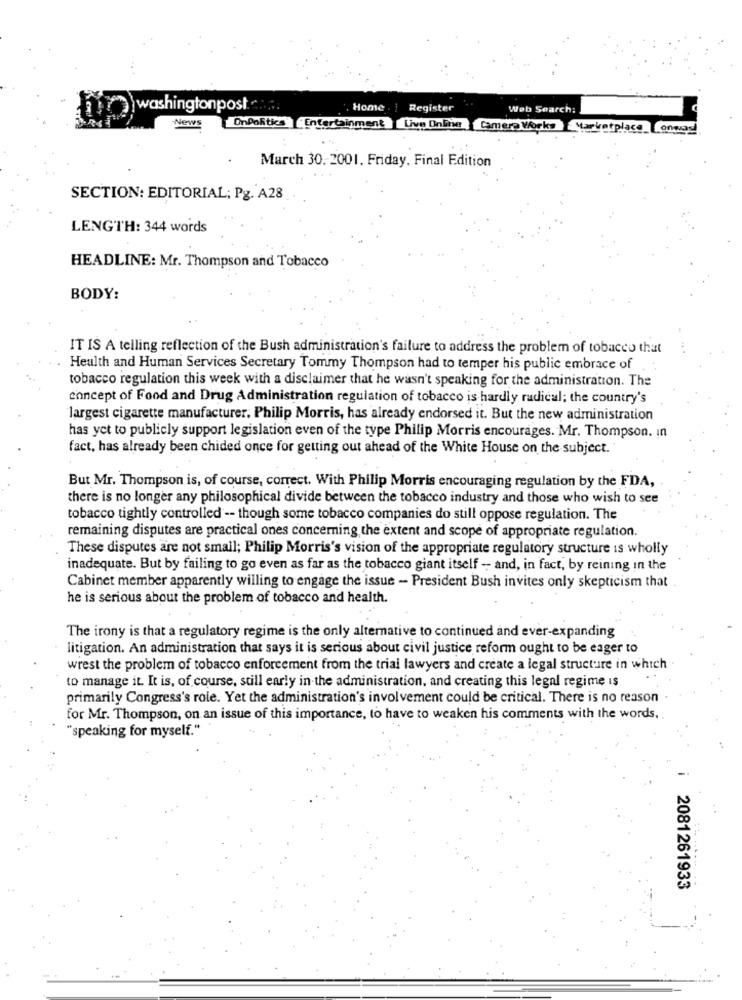
\ washingtonpost
Home
Register
Web Search:
News
OnPolitics Entertainment
Live Online Camere Works Marketplace Connad
March 30. 2001. Friday, Final Edition
SECTION: EDITORIAL; Pg. A28
LENGTH: 344 words
HEADLINE: Mr. Thompson and Tobacco
BODY:
IT IS A telling reflection of the Bush administration's failure to address the problem of tobacco that
Health and Human Services Secretary Tommy Thompson had to temper his public embrace of
tobacco regulation this week with a disclaimer that he wasn't speaking for the administration. The
concept of Food and Drug Administration regulation of tobacco is hardly radical; the country's
largest cigarette manufacturer. Philip Morris, has already endorsed it. But the new administration
has yet to publicly support legislation even of the type Philip Morris encourages. Mr. Thompson. In
fact, has already been chided once for getting out ahead of the White House on the subject.
But Mr. Thompson is, of course, correct. With Philip Morris encouraging regulation by the FDA,
there is no longer any philosophical divide between the tobacco industry and those who wish to see
tobacco tightly controlled -- though some tobacco companies do still oppose regulation. The
remaining disputes are practical ones concerning the extent and scope of appropriate regulation.
These disputes are not small; Philip Morris's vision of the appropriate regulatory structure is wholly
inadequate. But by failing to go even as far as the tobacco giant itself - and, in fact, by reining in the
Cabinet member apparently willing to engage the issue - President Bush invites only skepticism that
he is serious about the problem of tobacco and health.
The irony is that a regulatory regime is the only alternative to continued and ever-expanding
litigation. An administration that says it is serious about civil justice reform ought to be eager to
wrest the problem of tobacco enforcement from the trial lawyers and create a legal structure in which
to manage it. It is, of course, still early in the administration, and creating this legal regime is
primarily Congress's role. Yet the administration's involvement could be critical. There is no reason
for Mr. Thompson, on an issue of this importance, to have to weaken his comments with the words.
"speaking for myself."
i 2081261933